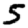
Digit: 5